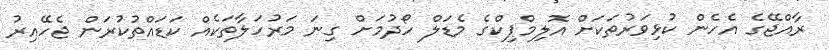
ރާއްޖޭގެ އެހެން ކުޅިވަރުތަކަށް އޮލިމްޕިކްގެ މެޑަލް ހޯދުމަށް ގިނަ މަރުހަލާތަކެއް ކަޑައްތުކުރަން ޖެހޭއިރު